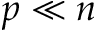
p \ll n